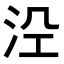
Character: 𭰆